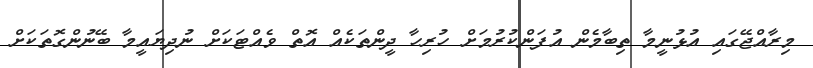
މިރާއްޖޭގައި އުޅުނީމާ ތިބާމެން އުފަންކުރުމަށް ހުރިހާ ދީންތަކެއް އޮތް ވެއްޓަކަށް ނުދިޔައީމާ ބޭނުންގޮތަކަށް